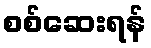
စစ်ဆေးရန်